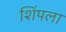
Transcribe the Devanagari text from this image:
शिंपला